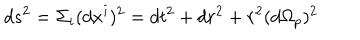
d s ^ { 2 } = { \Sigma } _ { i } ( d x ^ { i } ) ^ { 2 } = d t ^ { 2 } + d r ^ { 2 } + r ^ { 2 } ( d { \Omega } _ { p } ) ^ { 2 }